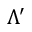
\Lambda ^ { \prime }